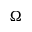
\Omega